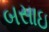
બસાઇ